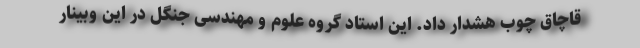
قاچاق چوب هشدار داد. این استاد گروه علوم و مهندسی جنگل در این وبینار